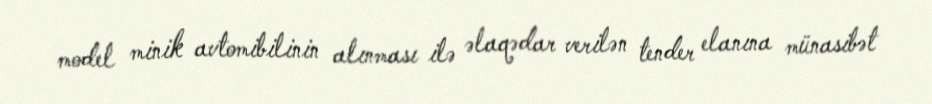
model minik avtomibilinin alınması ilə əlaqədar verilən tender elanına münasibət